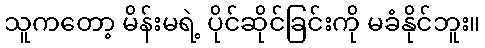
သူကတော့ မိန်းမရဲ့ ပိုင်ဆိုင်ခြင်းကို မခံနိုင်ဘူး။